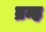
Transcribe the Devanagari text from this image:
व्रम्ह